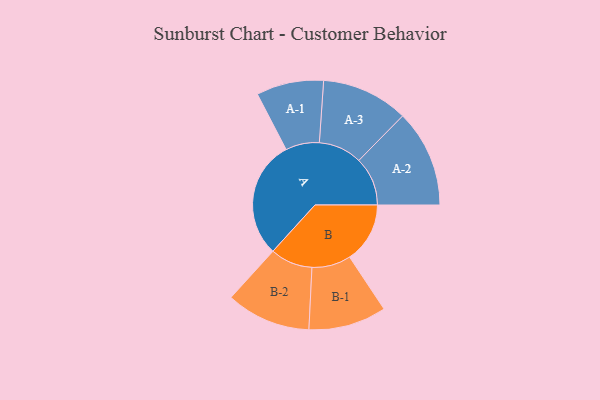
{"axis": {"x": "Segment", "y": "Value"}, "legend": ["", "A", "B"], "data": [{"x": "A", "y": 424, "type": ""}, {"x": "B", "y": 217, "type": ""}, {"x": "A-1", "y": 121, "type": "A"}, {"x": "A-2", "y": 175, "type": "A"}, {"x": "A-3", "y": 156, "type": "A"}, {"x": "B-1", "y": 140, "type": "B"}, {"x": "B-2", "y": 152, "type": "B"}]}